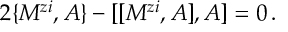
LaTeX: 2 \{ M ^ { z i } , A \} - [ [ M ^ { z i } , A ] , A ] = 0 \, .